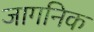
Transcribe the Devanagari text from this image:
जागनिक